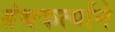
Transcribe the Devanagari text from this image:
ग्रंथकर्त्याने